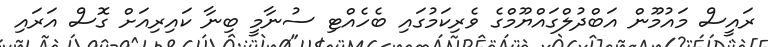
ރައީސް މައުމޫން އަބްދުލްގައްޔޫމްގެ ވެރިކަމުގައި ބެހެއްޓި ސުނާމީ ބިނާ ކައިރިއަށް ގޮސް އަރައި